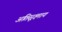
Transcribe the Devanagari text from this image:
अतिसूक्ष्माय